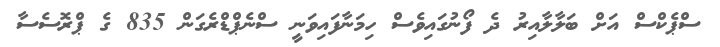
ސްޕެކްސް އަށް ބަލާލާއިރު ދެ ފޯނުގައިވެސް ހިމަނާފައިވަނީ ސްނެޕްޑްރެގަން 835 ގެ ޕްރޮސެސާ